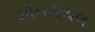
મૉનરીયલ